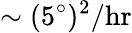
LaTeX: \sim(5^{\circ})^{2}/\mathrm{hr}